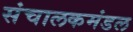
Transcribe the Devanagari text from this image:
संचालकमंडल